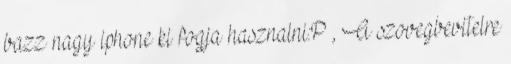
bazz nagy iphone ki fogja hasznalni:P , A szovegbevitelre